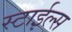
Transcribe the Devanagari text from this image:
स्टाईल्स